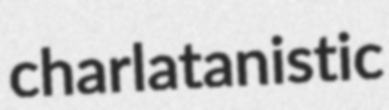
charlatanistic